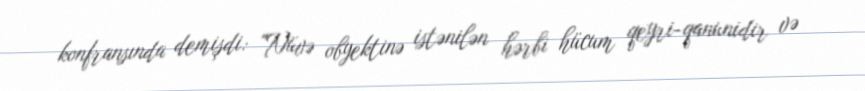
konfransında demişdi: "Nüvə obyektinə istənilən hərbi hücum qeyri-qanunidir və